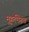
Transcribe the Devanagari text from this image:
मुहूर्तमेढच